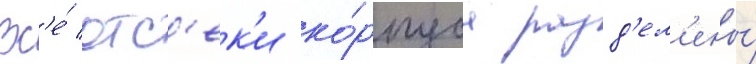
Вс'е́ отс'ек'и ко́рпуса разд'ел'ены́